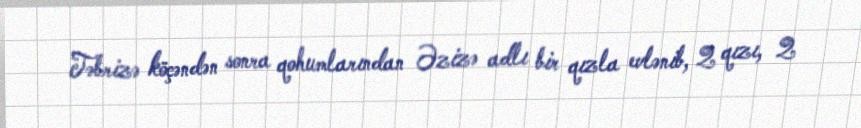
Təbrizə köçəndən sonra qohumlarından Əzizə adlı bir qızla evlənib, 2 qızı, 2